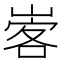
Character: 㟯